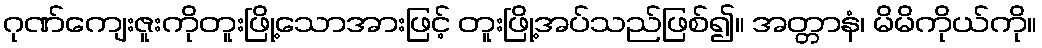
ဂုဏ်ကျေးဇူးကိုတူးဖြို့သောအားဖြင့် တူးဖြို့အပ်သည်ဖြစ်၍။ အတ္တာနံ၊ မိမိကိုယ်ကို။